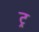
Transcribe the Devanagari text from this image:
ट्र्